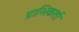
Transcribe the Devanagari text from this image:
प्राभिकर्ता